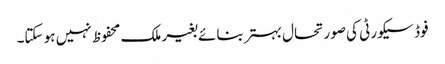
فوڈ سیکورٹی کی صورتحال بہتر بنائے بغیر ملک محفوظ نہیں ہو سکتا۔